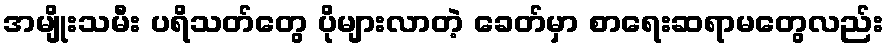
အမျိုးသမီး ပရိသတ်တွေ ပိုများလာတဲ့ ခေတ်မှာ စာရေးဆရာမတွေလည်း